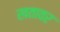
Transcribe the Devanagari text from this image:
खतावर